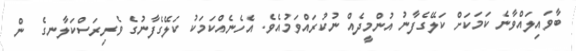
ބާވައިލައްވާނެ ކަމަކަށް ކަލޭގެފާނު އުންމީދެއް ނުކުރައްވަމުއެވެ. އެހެނެއްކަމަކު ކަލޭގެފާނުގެ ވެރިރަސްކަލާނގެ  ން